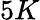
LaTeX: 5K